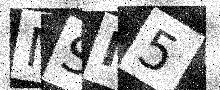
Text: MSM5